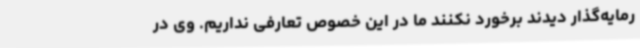
رمایه‌گذار دیدند برخورد نکنند ما در این خصوص تعارفی نداریم. وی در